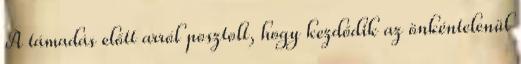
A támadás előtt arról posztolt, hogy kezdődik az önkéntelenül